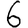
Digit: 6